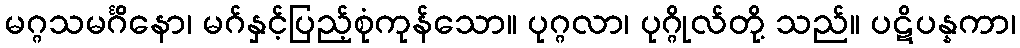
မဂ္ဂသမင်္ဂိနော၊ မဂ်နှင့်ပြည့်စုံကုန်သော။ ပုဂ္ဂလာ၊ ပုဂ္ဂိုလ်တို့ သည်။ ပဋိပန္နကာ၊